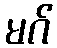
မဂ်